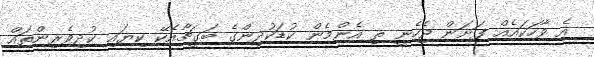
އެ ވާހަކައެއް ފަށަން ޖެހެނީ ތި އެންމެން ކުޑަކުދިންގެ ބަގީޗާއެކޭ ކިޔައި ކުދިވެރިންތައް